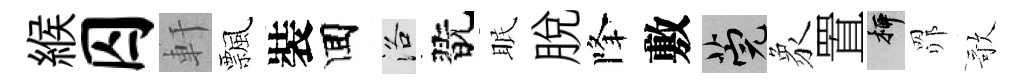
緱囚軒飄裝囬洛翫眠脫降敷筦象置柳𦊑歌